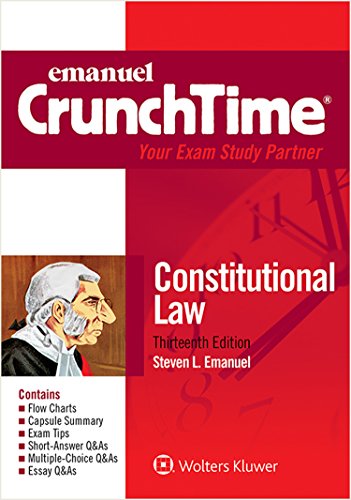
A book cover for CrunchTime: Constitutional Law (Emanuel Crunchtime); Steven L. Emanuel; Law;